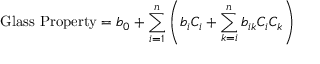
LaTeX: { \mathrm { G l a s s ~ P r o p e r t y } } = b _ { 0 } + \sum _ { i = 1 } ^ { n } \left( b _ { i } C _ { i } + \sum _ { k = i } ^ { n } b _ { i k } C _ { i } C _ { k } \right)